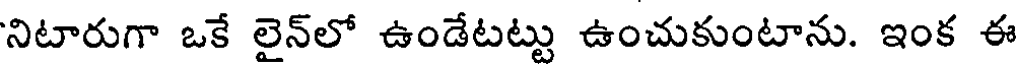
నిటారుగా ఒకే లైన్లో ఉండేటట్టు ఉంచుకుంటాను. ఇంక ఈ